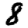
Digit: 8